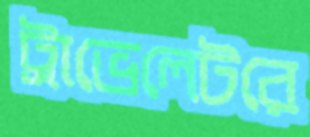
ট্রাভেলেটরে